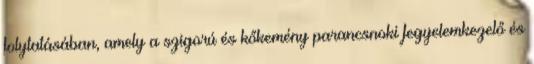
folytatásában, amely a szigorú és kőkemény parancsnoki fegyelemkezelő és